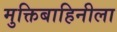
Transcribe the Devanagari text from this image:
मुक्तिबाहिनीला